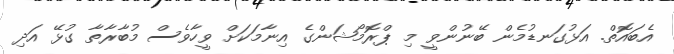
އެބައޮތް. އަޅުގަނޑުމެން ބޭނުންވީ މި ޕްރޮމޯޝަންގެ އިނާމަކަށް ވީހާވެސް މުބާރާތާ ގުޅޭ އަދި